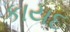
કાયદ